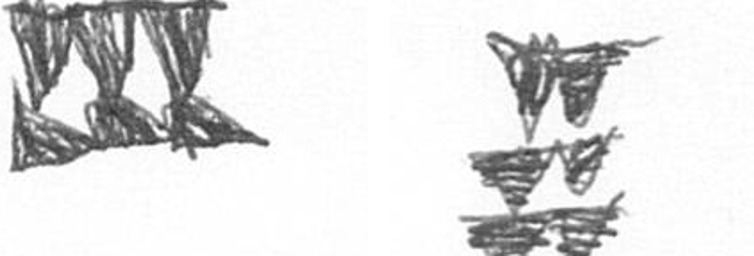
D Y